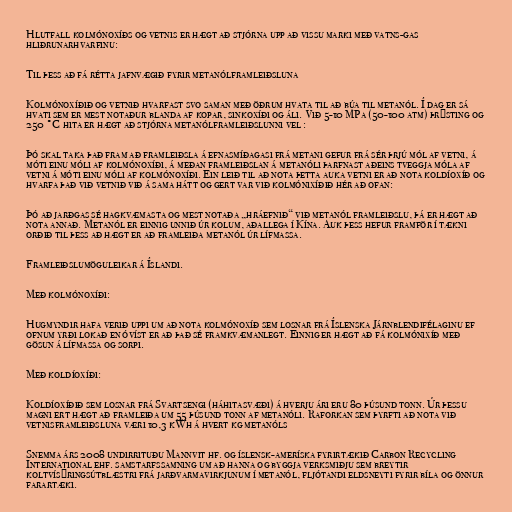
Hlutfall kolmónoxíðs og vetnis er hægt að stjórna upp að vissu marki með vatns-gas
hliðrunarhvarfinu:

Til þess að fá rétta jafnvægið fyrir metanólframleiðsluna

Kolmónoxíðið og vetnið hvarfast svo saman með öðrum hvata til að búa til metanól. Í dag er sá
hvati sem er mest notaður blanda af kopar, sinkoxíði og áli. Við 5-10 MPa (50-100 atm) þrýsting og
250 °C hita er hægt að stjórna metanólframleiðslunni vel :

Þó skal taka það fram að framleiðsla á efnasmíðagasi frá metani gefur frá sér þrjú mól af vetni, á
móti einu móli af kolmónoxíði, á meðan framleiðslan á metanóli þarfnast aðeins tveggja móla af
vetni á móti einu móli af kolmónoxíði. Ein leið til að nota þetta auka vetni er að nota koldíoxíð og
hvarfa það við vetnið við á sama hátt og gert var við kolmónixíðið hér að ofan:

Þó að jarðgas sé hagkvæmasta og mest notaða „hráefnið“ við metanól framleiðslu, þá er hægt að
nota annað. Metanól er einnig unnið úr kolum, aðallega í Kína. Auk þess hefur framför í tækni
orðið til þess að hægt er að framleiða metanól úr lífmassa.

Framleiðslumöguleikar á Íslandi.

Með kolmónoxíði:

Hugmyndir hafa verið uppi um að nota kolmónoxíð sem losnar frá Íslenska Járnblendifélaginu ef
ofnum yrði lokað en óvíst er að það sé framkvæmanlegt. Einnig er hægt að fá kolmónixíð með
gösun á lífmassa og sorpi.

Með koldíoxíði:

Koldíoxíðið sem losnar frá Svartsengi (háhitasvæði) á hverju ári eru 80 þúsund tonn. Úr þessu
magni ert hægt að framleiða um 55 þúsund tonn af metanóli. Raforkan sem þyrfti að nota við
vetnisframleiðsluna væri 10,3 kWh á hvert kg metanóls

Snemma árs 2008 undirrituðu Mannvit hf. og íslensk-ameríska fyrirtækið Carbon Recycling
International ehf. samstarfssamning um að hanna og byggja verksmiðju sem breytir
koltvísýringsútblæstri frá jarðvarmavirkjunum í metanól, fljótandi eldsneyti fyrir bíla og önnur
farartæki.